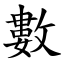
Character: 數